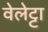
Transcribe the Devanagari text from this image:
वेलेट्टा